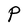
Character: P